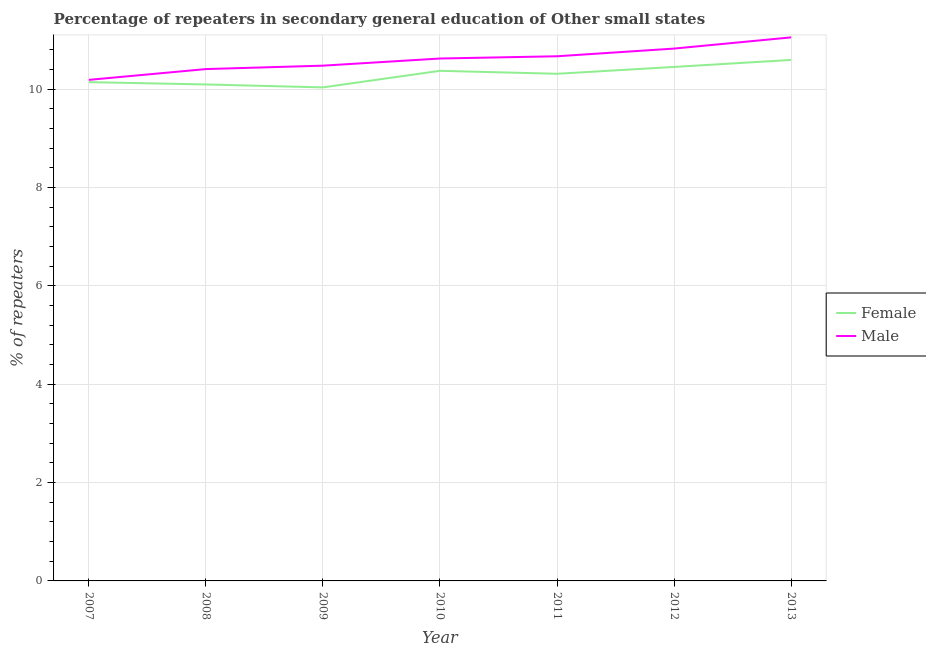
| Year | Female | Male |
 | --- | --- | --- |
 | 2007 | 10.1 | 10.2 |
 | 2008 | 10.1 | 10.4 |
 | 2009 | 10 | 10.5 |
 | 2010 | 10.4 | 10.6 |
 | 2011 | 10.3 | 10.7 |
 | 2012 | 10.5 | 10.8 |
 | 2013 | 10.6 | 11.1 |